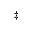
^ { \ddagger }